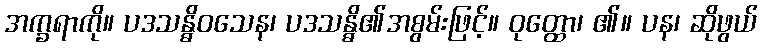
အက္ခရာကို။ ပဒသန္ဓိဝသေန၊ ပဒသန္ဓိ၏အစွမ်းဖြင့်။ ဝုတ္ထော၊ ၏။ ပန၊ ဆိုဖွယ်